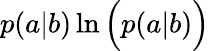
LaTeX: p(a|b)\ln\Big(p(a|b)\Big)